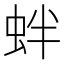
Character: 𧉻